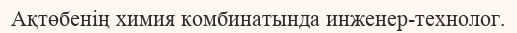
Ақтөбенің химия комбинатында инженер-технолог.